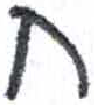
אות: ח